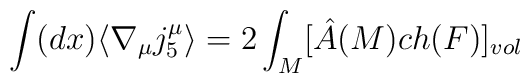
\int (dx) \langle \nabla_{\mu}j_{5}^{\mu}\rangle = 2\int_{M}[\hat{A}(M)ch(F)]_{vol}